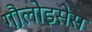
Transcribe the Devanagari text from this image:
गौलोइसेस